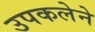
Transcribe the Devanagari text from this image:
उपकलेने